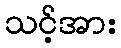
သင့်အား